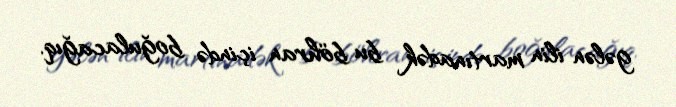
gələn ilin martınadək bu böhran içində boğulacağıq.